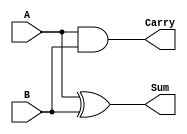
module half_adder (
    input wire A,         // First input bit
    input wire B,         // Second input bit
    output wire Sum,      // Output for the sum
    output wire Carry     // Output for the carry
);

// Compute the Sum and Carry using the respective logic operations
assign Sum = A ^ B;      // Sum = A XOR B
assign Carry = A & B;    // Carry = A AND B

endmodule